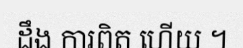
ដឹង ការពិត ហើយ ។